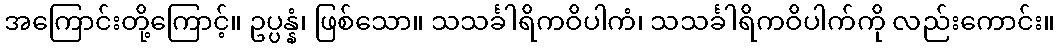
အကြောင်းတို့ကြောင့်။ ဥပ္ပန္နံ၊ ဖြစ်သော။ သသင်္ခါရိကဝိပါကံ၊ သသင်္ခါရိကဝိပါက်ကို လည်းကောင်း။